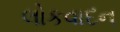
લોકવાદન